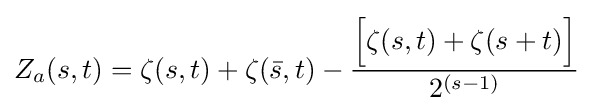
Z_{a}(s,t)=\zeta (s,t)+\zeta ({\bar {s}},t)-{\frac {{\Big [}\zeta (s,t)+\zeta (s+t){\Big ]}}{2^{(s-1)}}}